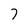
Character: 7